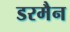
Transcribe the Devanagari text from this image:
डरमैन